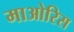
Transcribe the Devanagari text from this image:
माओरिस